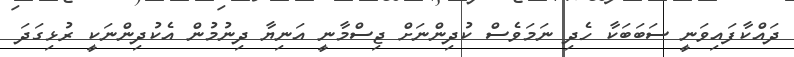
ދައްކާފައިވަނީ ސަބަބަކާ ހެދި ނަމަވެސް ކުދިންނަށް ޖިސްމާނީ އަނިޔާ ދިނުމުން އެކުދިންނަކީ ރުޅިގަދަ